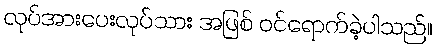
လုပ်အားပေးလုပ်သား အဖြစ် ဝင်ရောက်ခဲ့ပါသည်။